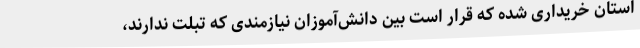
استان خریداری شده که قرار است بین دانش‌آموزان نیازمندی که تبلت ندارند،